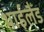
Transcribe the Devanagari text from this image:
थाईलैँड